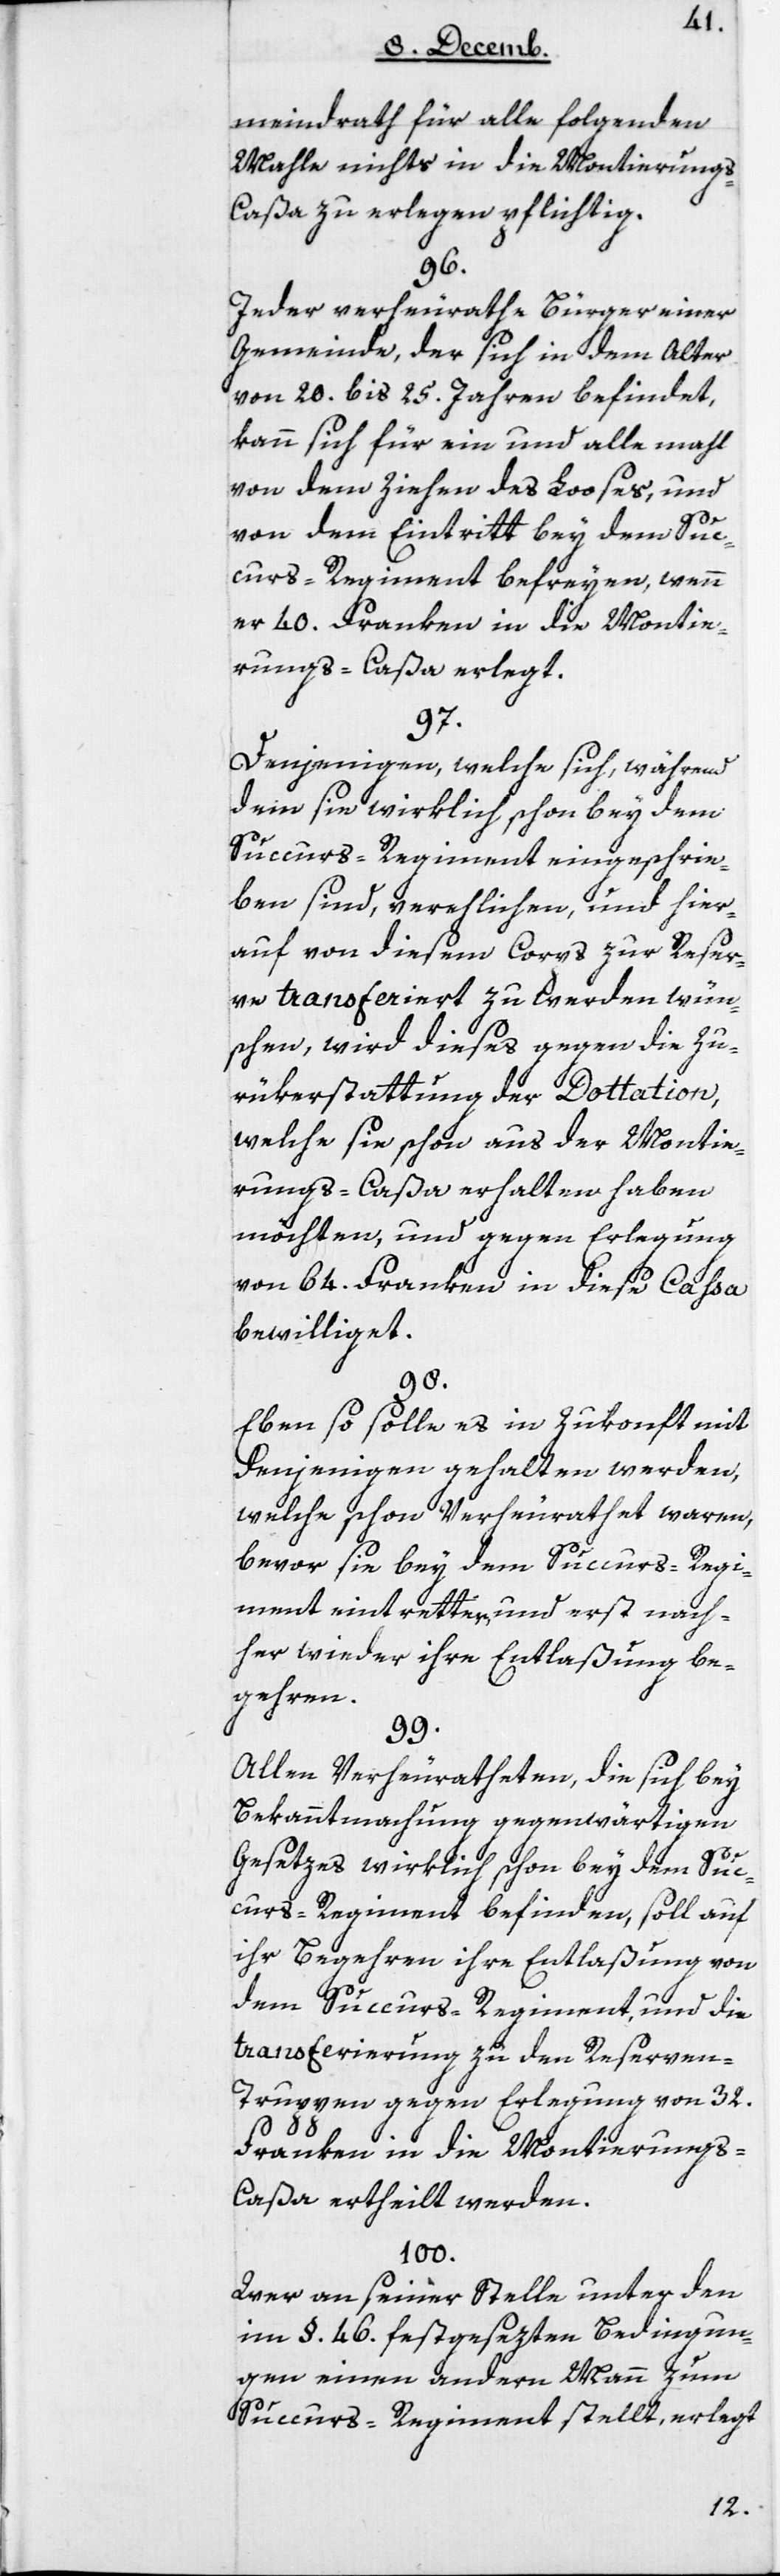
meindrath für alle folgenden
Mahle nichts in die Montierung¬
s-Caßa zu erlegen pflichtig.
96.
Jeder verheurathete Bürger einer
Gemeinde, der sich in dem Alter
von 20 bis 25 Jahren befindet,
kann sich für ein und alle mahl
von dem Ziehen des Looses und
von dem Eintritt bey dem Suc¬
curs-Regiment befreyen, wenn
er 40 Franken in die Montie¬
rungs-Caßa erlegt.
97.
Denjenigen, welche sich, während
dem sie wirklich schon bey dem
Succurs-Regiment eingeschrie¬
ben sind, verehelichen, und hier¬
auf von diesem Corps zur Reser¬
ve transferiert zu werden wün¬
schen, wird dieses gegen die Zu¬
rükerstattung der Dottation,
welche sie schon aus der Montie¬
rungs-Caßa erhalten haben
möchten, und gegen Erlegung
von 64 Franken in diese Caßa
bewilliget.
98.
Eben so solle es in Zukonft mit
denjenigen gehalten werden,
welche schon verheurathet waren,
bevor sie bey dem Succurs-Regi¬
ment eintretten, und erst nach¬
her wieder ihre Entlaßung be¬
gehren
99.
Allen Verheuratheten, die sich bey
Bekanntmachung gegenwärtigen
Gesetzes wirklich schon bey dem Suc¬
curs-Regiment befinden, soll auf
ihr Begehren ihre Entlaßung von
dem Succurs-Regiment, und die
Transferierung zu den Reserven-T¬
ruppen gegen Erlegung von 32
Franken in die Montierung¬
s-Caßa ertheilt werden.
100.
Wer an seiner Stelle unter den
im § 46 festgesezten Bedingun¬
gen einen andern Mann zum
Succurs-Regiment stellt, erlegt